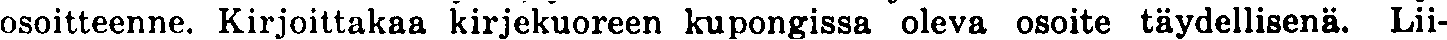
osoitteenne. Kirjoittakaa kirjekuoreen kupongissa oleva osoite täydellisenä. Lii-